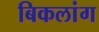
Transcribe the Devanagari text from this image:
बिकलांग